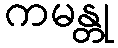
ကမန္တု